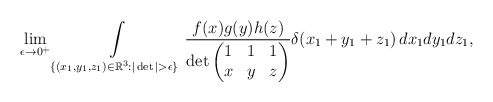
\begin{align*}\lim_{\epsilon\to 0^+} \int_{\{(x_1,y_1,z_1)\in\mathbb{R}^3 : |\det| > \epsilon\}}\limits \frac{f(x)g(y)h(z)}{\det\begin{pmatrix}1 & 1 & 1\\ x & y & z \end{pmatrix}} \delta(x_1+y_1+z_1)\, dx_1dy_1dz_1,\end{align*}